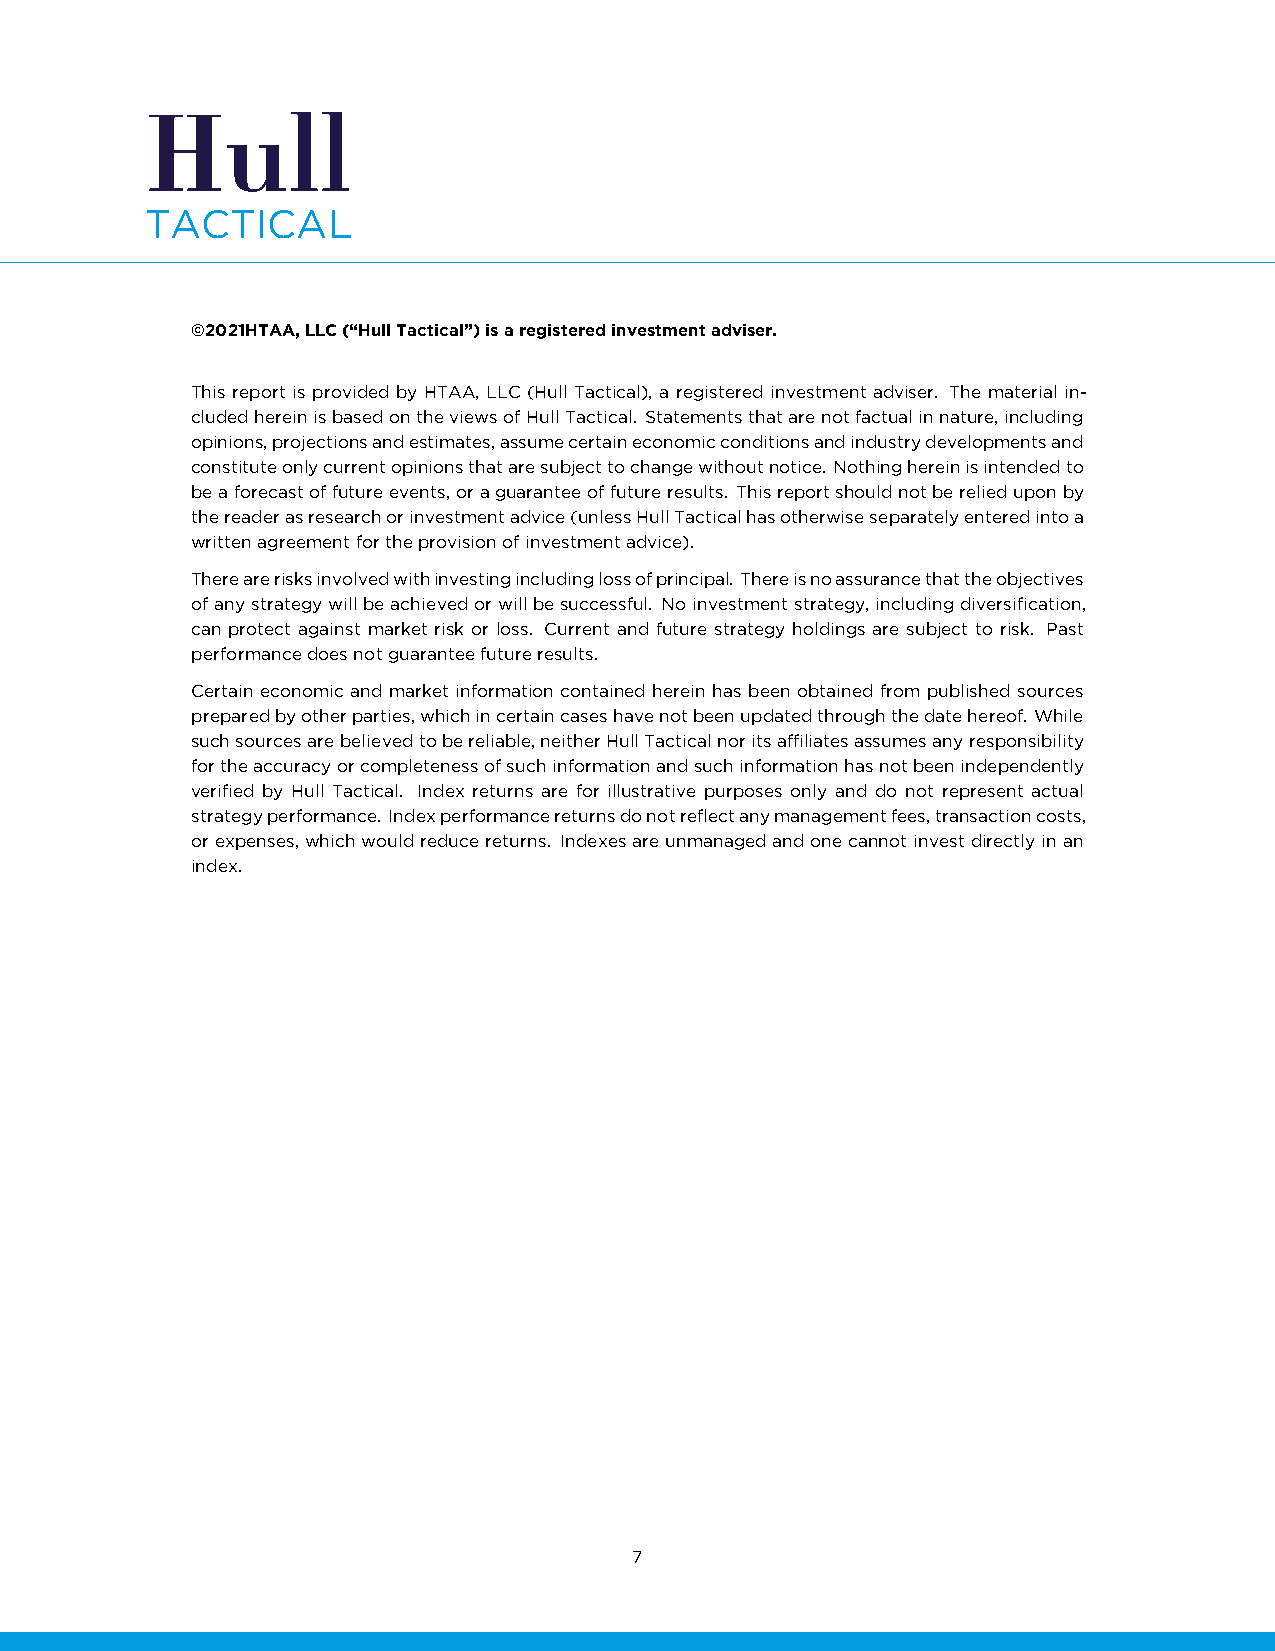
Hull
 TACTICAL
 ©2021HTAA,LLC(“HullTactical”)isaregisteredinvestmentadviser.
 This report is provided by HTAA, LLC (Hull Tactical), a registered investment adviser. The material in-
 cludedhereinisbasedontheviewsofHullTactical. Statementsthatarenotfactualinnature,including
 opinions,projectionsandestimates,assumecertaineconomicconditionsandindustrydevelopmentsand
 constituteonlycurrentopinionsthataresubjecttochangewithoutnotice. Nothinghereinisintendedto
 beaforecastoffutureevents,oraguaranteeoffutureresults. Thisreportshouldnotberelieduponby
 thereaderasresearchorinvestmentadvice(unlessHullTacticalhasotherwiseseparatelyenteredintoa
 writtenagreementfortheprovisionofinvestmentadvice).
 Therearerisksinvolvedwithinvestingincludinglossofprincipal. Thereisnoassurancethattheobjectives
 ofanystrategywillbeachievedorwillbesuccessful. Noinvestmentstrategy,includingdiversification,
 can protect against market risk or loss. Current and future strategy holdings are subject to risk. Past
 performancedoesnotguaranteefutureresults.
 Certain economic and market information contained herein has been obtained from published sources
 preparedbyotherparties,whichincertaincaseshavenotbeenupdatedthroughthedatehereof. While
 suchsourcesarebelievedtobereliable,neitherHullTacticalnoritsaffiliatesassumesanyresponsibility
 fortheaccuracyorcompletenessofsuchinformationandsuchinformationhasnotbeenindependently
 verified by Hull Tactical. Index returns are for illustrative purposes only and do not represent actual
 strategyperformance. Indexperformancereturnsdonotreflectanymanagementfees,transactioncosts,
 orexpenses,whichwouldreducereturns. Indexesareunmanagedandonecannotinvestdirectlyinan
 index.
 7